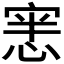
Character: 𭝜